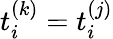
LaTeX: t_{i}^{(k)}=t_{i}^{(j)}